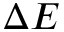
\Delta E